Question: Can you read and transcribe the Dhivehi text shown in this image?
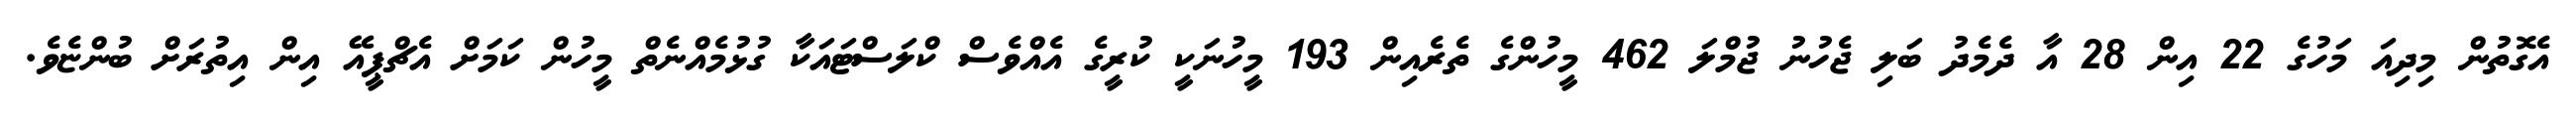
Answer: އެގޮތުން މިދިއަ މަހުގެ 22 އިން 28 އާ ދެމެދު ބަލި ޖެހުނު ޖުމްލަ 462 މީހުންގެ ތެރެއިން 193 މީހުނަކީ ކުރީގެ އެއްވެސް ކްލަސްޓައަކާ ގުޅުމެއްނެތް މީހުން ކަމަށް އެޗްޕީއޭ އިން އިތުރަށް ބުންޏެވެ.